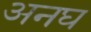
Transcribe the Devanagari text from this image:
अनघ